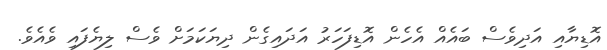
އޮޑިޔާއި އަދިވެސް ބައެއް އެހެން އޮޑިފަހަރު އަދައިގެން ދިޔަކަމަށް ވެސް ލިޔެފައި ވެއެވެ.